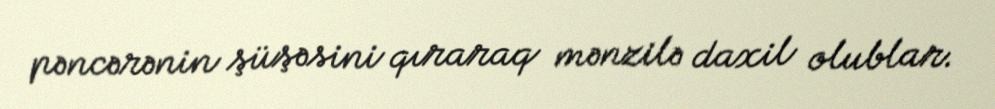
pəncərənin şüşəsini qıraraq mənzilə daxil olublar.